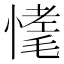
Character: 𢟾